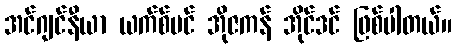
အင်ဂျင်နီယာ ယက်စ်မင် အိုဇကန် အိုင်ဒင် ဖြစ်ပါတယ်။